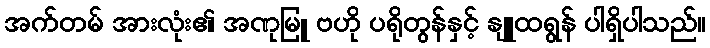
အက်တမ် အားလုံး၏ အဏုမြူ ဗဟို ပရိုတွန်နှင့် နျူထရွန် ပါရှိပါသည်။